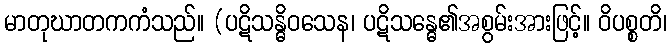
မာတုဃာတကကံသည်။ (ပဋိသန္ဓိဝသေန၊ ပဋိသန္ဓေ၏အစွမ်းအားဖြင့်။ ဝိပစ္စတိ၊